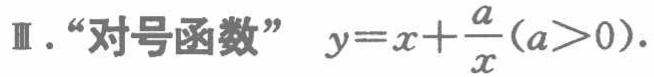
Ⅲ. “对号函数” \(y = x+\frac{a}{x}(a > 0)\).